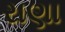
રાણા